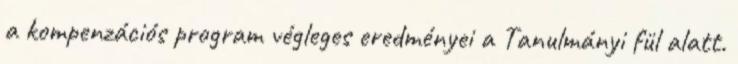
a kompenzációs program végleges eredményei a Tanulmányi fül alatt.